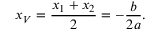
x _ { V } = { \frac { x _ { 1 } + x _ { 2 } } { 2 } } = - { \frac { b } { 2 a } } .